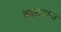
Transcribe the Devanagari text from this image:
बदलजाना